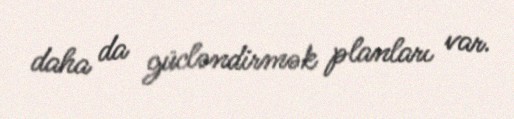
daha da gücləndirmək planları var.